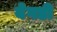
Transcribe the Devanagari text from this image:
बेगडी